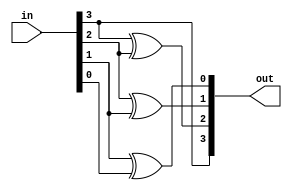
// gate-level
module converter_gl(output [3:0] out, input [3:0] in);
xor (out[3],in[3],0);
xor (out[2], in[3], in[2]);
xor (out[1], in[2], in[1]);
xor (out[0], in[1], in[0]);
endmodule

// dataflow
module converter(output [3:0] out, input [3:0] in);
assign out= {in[3], in[3] & in[2], in[2] ^ in[1], in[1] ^ in[0]};
endmodule


module converted_tb;
reg [3:0] in;
wire [3:0] out;

converter c1(out,in);

initial
begin
    in = 4'b0000;
    #10 in = 4'b0001;
    #20 in = 4'b0010;
    #30 in = 4'b0011;
    #40 $finish;
end

initial
begin
$dumpfile("test.vcd");
$dumpvars(0,converted_tb);
$monitor("Time = %0d , BCD : %b , GRAY_CODE : %b", $time, in, out);
end
endmodule